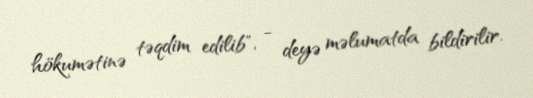
hökumətinə təqdim edilib", - deyə məlumatda bildirilir.